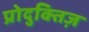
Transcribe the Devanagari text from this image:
प्रोदुक्तिज़